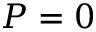
P = 0